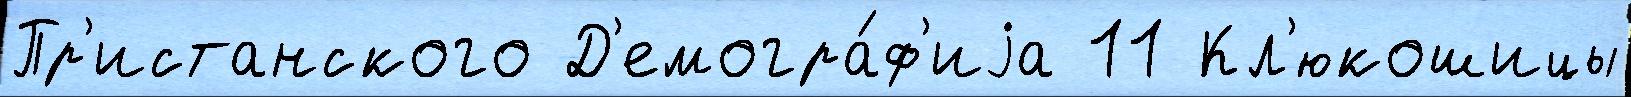
Пр'истанского Д'емогра́ф'иjа 11 Кл'юкошицы